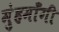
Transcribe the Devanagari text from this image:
मुंहमाँगी